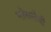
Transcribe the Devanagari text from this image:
भोसलेची